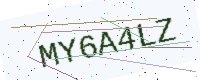
Text: MY6A4LZ